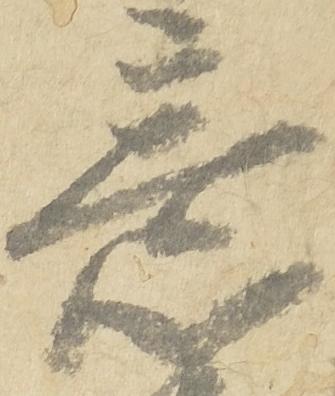
意